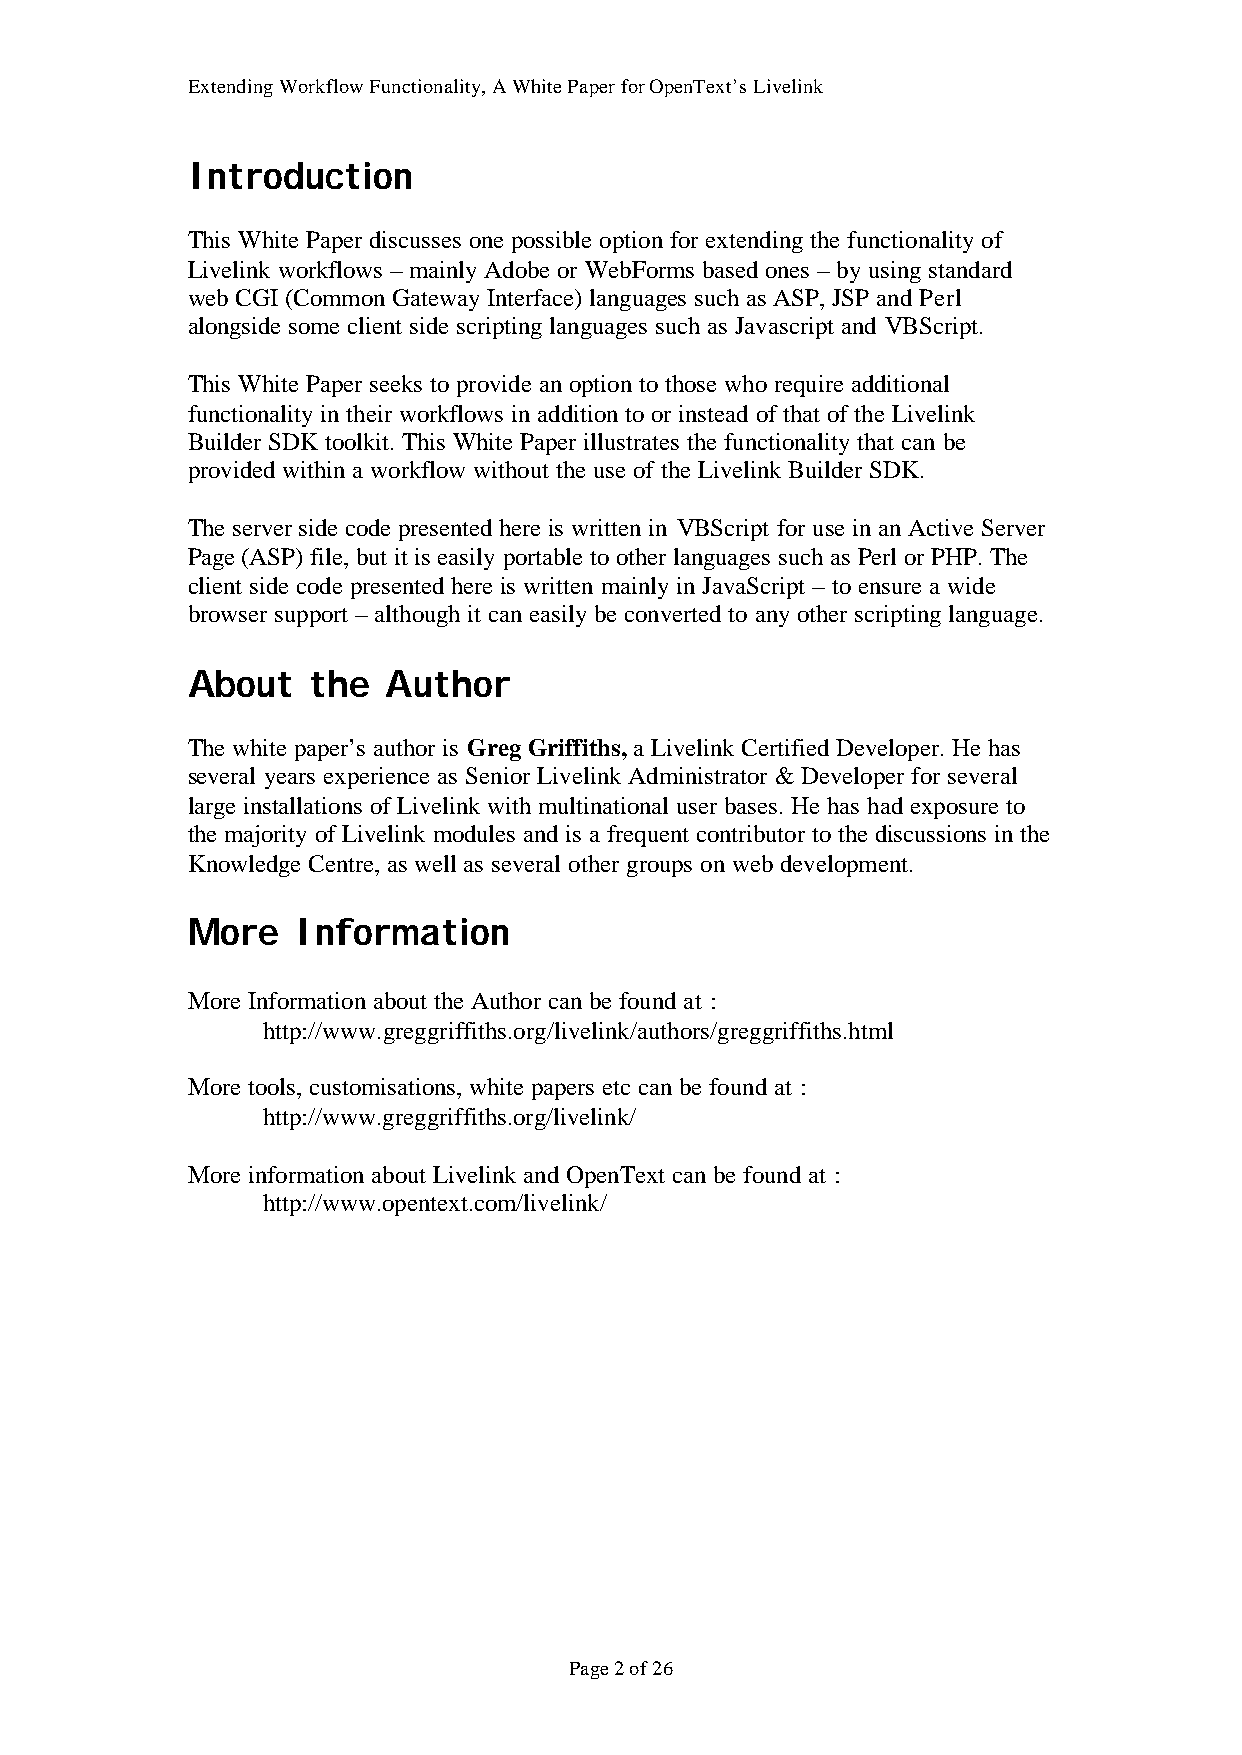
Extending Workflow Functionality, A White Paper for OpenText’s Livelink
 Introduction
 This White Paper discusses one possible option for extending the functionality of
 Livelink workflows – mainly Adobe or WebForms based ones – by using standard
 web CGI (Common Gateway Interface) languages such as ASP, JSP and Perl
 alongside some client side scripting languages such as Javascript and VBScript.
 This White Paper seeks to provide an option to those who require additional
 functionality in their workflows in addition to or instead of that of the Livelink
 Builder SDK toolkit. This White Paper illustrates the functionality that can be
 provided within a workflow without the use of the Livelink Builder SDK.
 The server side code presented here is written in VBScript for use in an Active Server
 Page (ASP) file, but it is easily portable to other languages such as Perl or PHP. The
 client side code presented here is written mainly in JavaScript – to ensure a wide
 browser support – although it can easily be converted to any other scripting language.
 About    the  Author
 The white paper’s author is Greg Griffiths, a Livelink Certified Developer. He has
 several years experience as Senior Livelink Administrator & Developer for several
 large installations of Livelink with multinational user bases. He has had exposure to
 the majority of Livelink modules and is a frequent contributor to the discussions in the
 Knowledge Centre, as well as several other groups on web development.
 More    Information
 More Information about the Author can be found at :
 http://www.greggriffiths.org/livelink/authors/greggriffiths.html
 More tools, customisations, white papers etc can be found at :
 http://www.greggriffiths.org/livelink/
 More information about Livelink and OpenText can be found at :
 http://www.opentext.com/livelink/
 Page 2 of 26